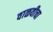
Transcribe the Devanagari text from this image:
वाळवीचा